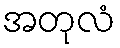
အတုလံ